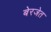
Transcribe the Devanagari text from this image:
बेरजेत